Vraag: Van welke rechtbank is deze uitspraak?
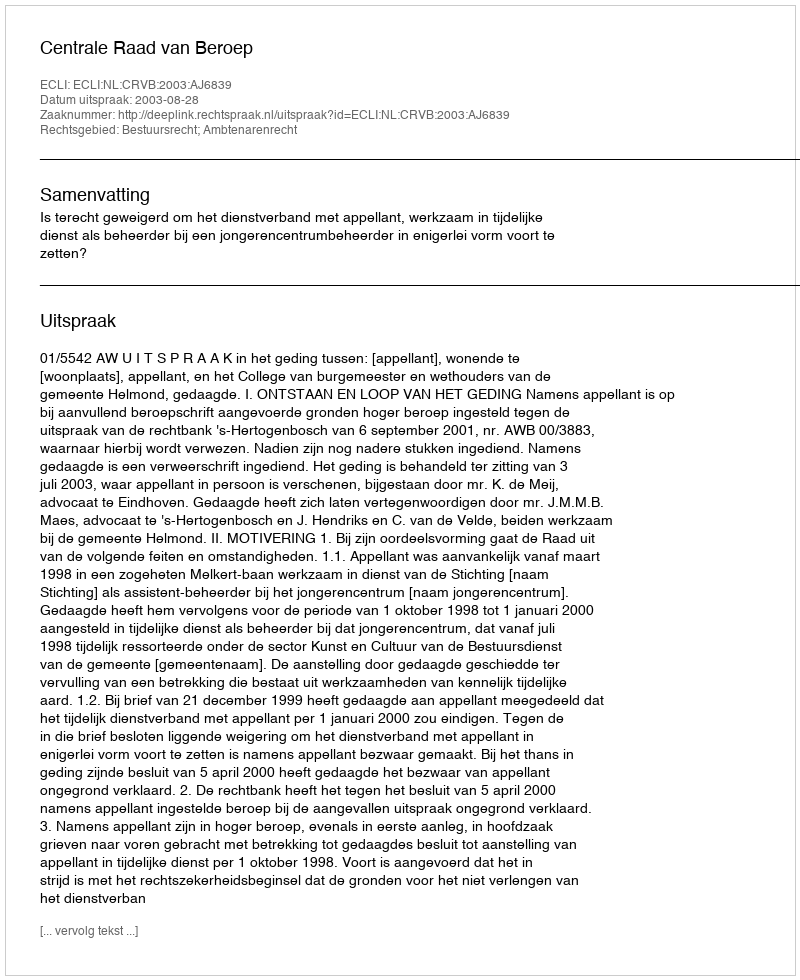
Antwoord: Centrale Raad van Beroep